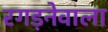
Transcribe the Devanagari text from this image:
रगड़नेवाला